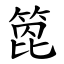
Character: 箆